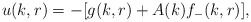
\begin{align*}u(k,r)=-[g(k,r) +A(k)f_{-}(k,r)],\end{align*}